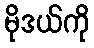
မိုဒယ်ကို